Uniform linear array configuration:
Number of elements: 32
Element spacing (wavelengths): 1
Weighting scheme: hamming
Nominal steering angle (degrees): -15
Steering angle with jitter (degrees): -16.979
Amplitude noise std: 0.05
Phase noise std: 0.05

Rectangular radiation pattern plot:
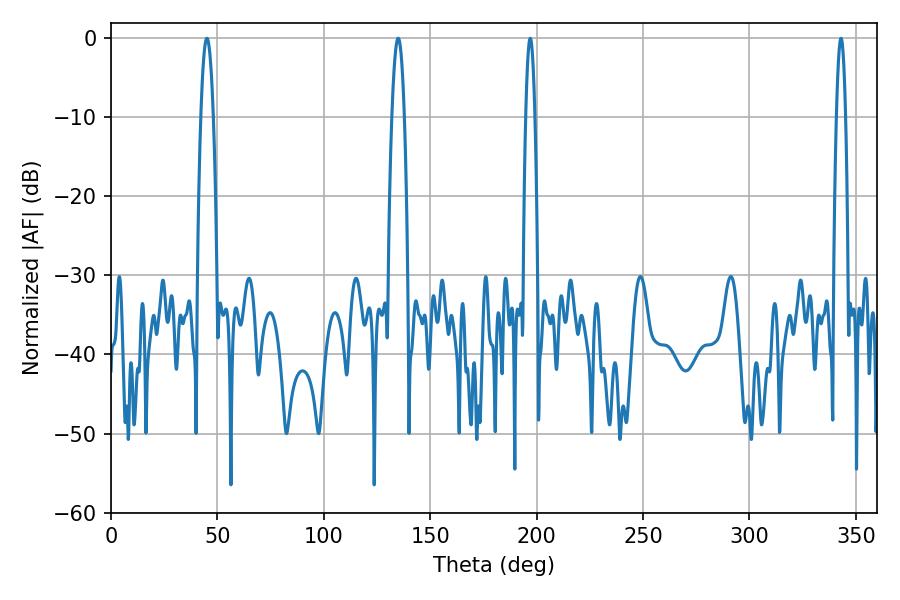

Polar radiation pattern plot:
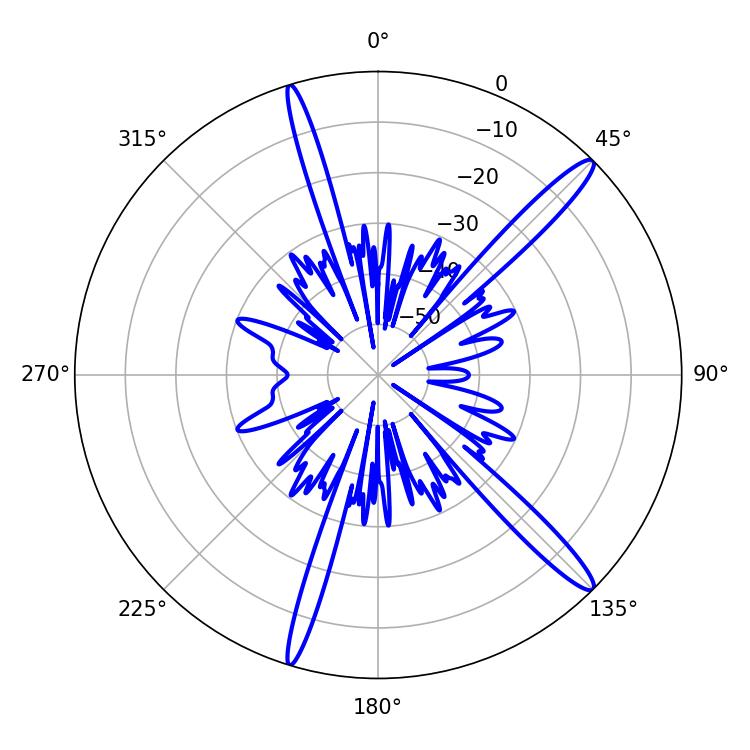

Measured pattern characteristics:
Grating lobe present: TRUE
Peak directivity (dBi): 15.204
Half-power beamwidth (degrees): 3.06
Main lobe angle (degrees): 45